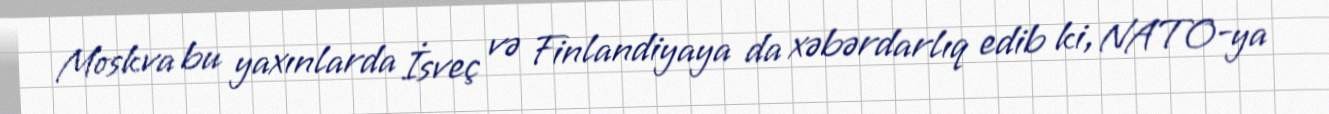
Moskva bu yaxınlarda İsveç və Finlandiyaya da xəbərdarlıq edib ki, NATO-ya